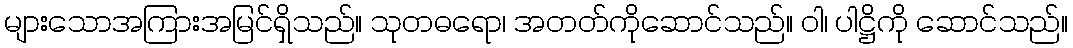
များသောအကြားအမြင်ရှိသည်။ သုတဓရော၊ အတတ်ကိုဆောင်သည်။ ဝါ၊ ပါဋ္ဌိကို ဆောင်သည်။